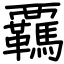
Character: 覊